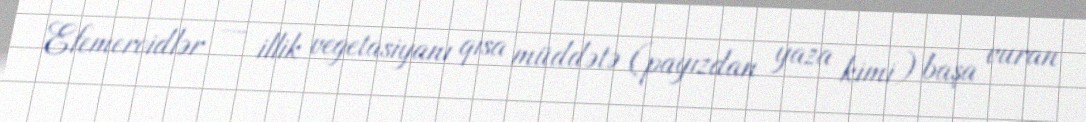
Efemeroidlər — illik vegetasiyanı qısa müddətə (payızdan yaza kimi) başa vuran